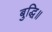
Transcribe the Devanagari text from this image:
बुद्धि॥